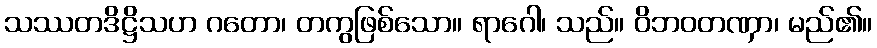
သဿတဒိဋ္ဌိသဟ ဂတော၊ တကွဖြစ်သော။ ရာဂေါ၊ သည်။ ဝိဘဝတဏှာ၊ မည်၏။